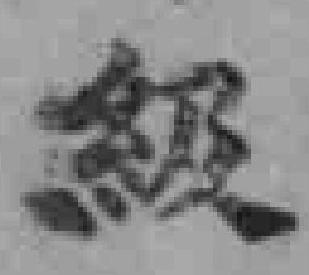
級